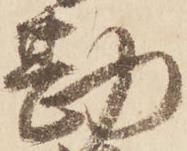
勘